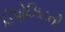
ડિપોઝિટની